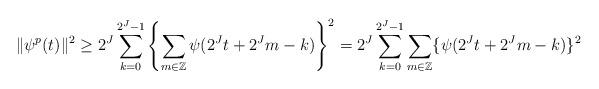
LaTeX: \begin{align*}\|\psi^{p}(t)\|^2 \geq 2^{J} \sum_{k=0}^{2^{J}-1} \left\{ \sum_{m\in \mathbb{Z}} \psi(2^{J}t + 2^{J}m - k) \right\}^{2}= 2^{J} \sum_{k=0}^{2^{J}-1} \sum_{m\in\mathbb{Z}} \{\psi(2^{J}t + 2^{J}m - k )\}^{2}\end{align*}